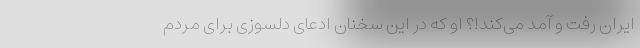
ایران رفت و آمد می‌کند!؟ او که در این سخنان ادعای دلسوزی برای مردم